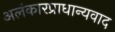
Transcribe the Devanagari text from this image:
अलंकारप्राधान्यवाद